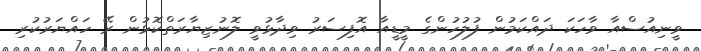
ވީނިއުސްއާ ވާހަކަ ދައްކަމުން ފުލުހުންގެ މީޑީއާ އޮފިސަރު ވިދާޅުވީ ލޮނުޒިޔާރަތްކޮޅުން ރޭ ހައްޔަރުކުރި